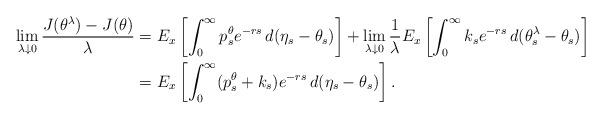
LaTeX: \begin{align*}\lim_{\lambda \downarrow 0}\frac{J(\theta^{\lambda})-J(\theta)}{\lambda} &= E_x\left[\int_{0}^{\infty}p_{s}^{\theta}e^{-rs}\,d(\eta_s-\theta_s)\right]+\lim_{\lambda \downarrow 0}\frac{1}{\lambda}E_x\left[\int_0^{\infty}k_{s}e^{-rs}\,d(\theta^{\lambda}_s -\theta_s) \right] \\ &= E_x\left[\int_0^{\infty}(p_{s}^{\theta}+k_{s})e^{-rs}\,d(\eta_s-\theta_s)\right].\end{align*}